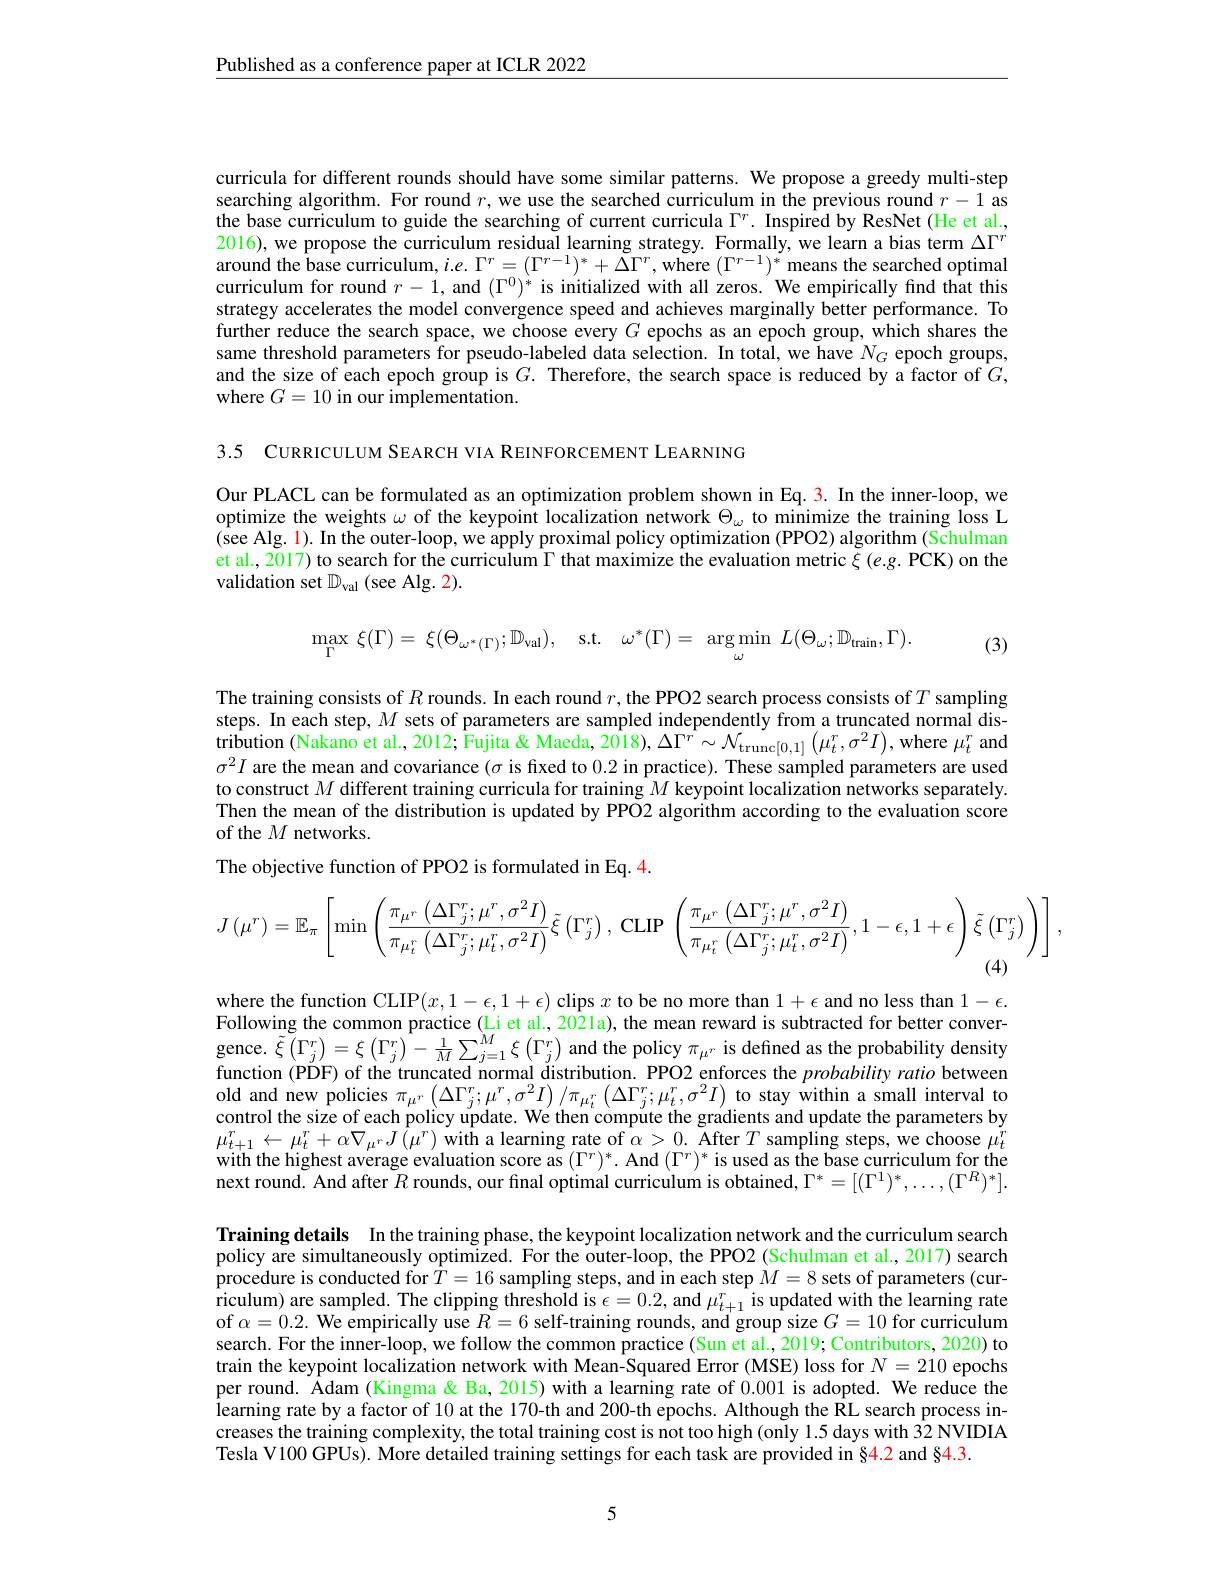
Published as a conference paper at ICLR 2022

curricula for different rounds should have some similar patterns. We propose a greedy multi-step searching algorithm. For round $r$, we use the searched curriculum in the previous round $r-1$ as the base curriculum to guide the searching of current curricula $\Gamma^{r}.$ Inspired by ResNet (He et al., 2016), we propose the curriculum residual learning strategy. Formally, we learn a bias term $\Delta\Gamma^{r}$ around the base curriculum, $i.e.\Gamma^r=(\Gamma^{r-1})^*+\Delta\Gamma^r$, where $(\Gamma^{r-1})^*$ means the searched optimal curriculum for round $r-1$, and $(\Gamma^0)^*$ is initialized with all zeros. We empirically find that this strategy accelerates the model convergence speed and achieves marginally better performance. To further reduce the search space, we choose every $G$ epochs as an epoch group, which shares the same threshold parameters for pseudo-labeled data selection. In total, we have $N_G$ epoch groups, and the size of each epoch group is $G.$ Therefore, the search space is reduced by a factor of $G$, where $G=10$ in our implementation.

3.5 CURRICULUM SEARCH VIA REINFORCEMENT LEARNING

Our PLACL can be formulated as an optimization problem shown in Eq.3. In the inner-loop, we optimize the weights $\omega$ of the keypoint localization network $\Theta_\omega$ to minimize the training loss L (see Alg. 1). In the outer-loop, we apply proximal policy optimization (PPO2) algorithm (Schulman et al., 2017) to search for the curriculum $\Gamma$ that maximize the evaluation metric $\xi\left(e.g.\text{PCK}\right)$on the validation set $\mathbb{D}_\mathrm{val}$ (see Alg. 2).
$$\max_{\Gamma}\:\xi(\Gamma)=\:\xi(\Theta_{\omega^{*}(\Gamma)};\mathbb{D}_{\mathrm{val}}),\quad\mathrm{s.t.}\quad\omega^{*}(\Gamma)=\:\arg\operatorname*{min}_{\omega}\:L(\Theta_{\omega};\mathbb{D}_{\mathrm{train}},\Gamma).$$
(3)

The training consists of $R$ rounds. In each round $r$, the PPO2 search process consists of $T$ sampling steps. In each step, $M$ sets of parameters are sampled independently from a truncated normal dis- $\hat{\text{tribution }}(\hat{\text{Nakano et al., 2012; Fujita }}\&$ Maeda, 2018$),\Delta\Gamma^{r}\sim\mathcal{N}_{\mathrm{trunc}[0,1]}\left(\mu_{t}^{r},\sigma^{2}I\right)$,where $\mu_{t}^{r}$ and $\sigma^2I$ are the mean and covariance $(\sigma$ is fixed to 0.2 in practice). These sampled parameters are used to construct $M$ different training curricula for training $M$ keypoint localization networks separately. Then the mean of the distribution is updated by PPO2 algorithm according to the evaluation score of the $M$ networks.
The objective function of PPO2 is formulated in Eq. 4.
$$J\left(\mu^{r}\right)=\mathbb{E}_{\pi}\left[\min\left(\frac{\pi_{\mu^{r}}\left(\Delta\Gamma_{j}^{r};\mu^{r},\sigma^{2}I\right)}{\pi_{\mu_{t}^{r}}\left(\Delta\Gamma_{j}^{r};\mu_{t}^{r},\sigma^{2}I\right)}\bar{\xi}\left(\Gamma_{j}^{r}\right),\:\mathrm{CLIP}\:\left(\frac{\pi_{\mu^{r}}\left(\Delta\Gamma_{j}^{r};\mu^{r},\sigma^{2}I\right)}{\pi_{\mu_{t}^{r}}\left(\Delta\Gamma_{j}^{r};\mu_{t}^{r},\sigma^{2}I\right)},1-\epsilon,1+\epsilon\right)\tilde{\xi}\left(\Gamma_{j}^{r}\right)\right)\right],$$
(4)

where the function CLIP$(x,1-\epsilon,1+\epsilon)$ clips $x$ to be no more than $1+\epsilon$ and no less than $1-\epsilon.$ Following the common practice (Li et al., 2021a), the mean reward is subtracted for better convergence. $\tilde{\xi}\left(\Gamma_{j}^{r}\right)=\xi\left(\Gamma_{j}^{r}\right)-\frac1M\sum_{j=1}^{M}\xi\left(\Gamma_{j}^{r}\right)$ and the policy $\pi_{\mu^{r}}$ is defined as the probability density funstion ODE) f tho truntad rumal diction DPOC2 ofrano th mobility density function (PDF) of the truncated normal distribution. PPO2 enforces the probability ratio between old and new policies $\pi_{\mu^{r}}\left(\Delta\Gamma_{j}^{r};\mu^{r},\sigma^{2}I\right)/\pi_{\mu_{t}^{r}}\left(\Delta\Gamma_{j}^{r};\mu_{t}^{r},\sigma^{2}I\right)$ to stay within a small interval to control the size of each policy update. We then compute the gradients and update the parameters by $\mu_{t+1}^{r}\leftarrow\mu_{t}^{r}+\alpha\nabla_{\mu^{r}}J\left(\hat{\mu}^{r}\right)$with a learning rate of $\alpha>0.$ After $T$ sampling steps, we choose $\mu_t^{r}$ with the highest average evaluation score as $(\Gamma^r)^*.$ And $(\Gamma^r)^*$ is used as the base curriculum for the next round. And after $R$ rounds, our final optimal curriculum is obtained, $\Gamma^*=[(\Gamma^1)^*,\ldots,(\Gamma^R)^*].$ Training details In the training phase, the keypoint localization network and the curriculum search policy are simultaneously optimized. For the outer-loop, the PPO2 (Schulman et al., 2017) search procedure is conducted for $T=16$ sampling steps, and in each step $M=8$ sets of parameters (curriculum) are sampled. The clipping threshold is $\epsilon = 0. 2$, and $\mu _{t+ 1}^{r}$is updated with the learning rate riculum) are sampled. The clipping threshold is $\epsilon = 0. 2$, and $\mu _{t+ 1}^{r}$is updated with the of $\alpha=0.2.$ We empirically use $R=6$ self-training rounds, and group size $G=10$ for curriculum search. For the inner-loop, we follow the common practice (Sun et al., 2019; Contributors, 2020) to train the keypoint localization network with Mean-Squared Error (MSE) loss for $N=210$ epochs per round. Âdam (Kingma & Ba, 2015) with a learning rate of 0.001 is adopted. We reduce the learning rate by a factor of 10 at the 170-th and 200-th epochs. Although the RL search process increases the training complexity, the total training cost is not too high (only 1.5 days with 32 NVIDIA Tesla V100 GPUs). More detailed training settings for each task are provided in $\color{red}{\$4.2}$ and §4.3.

5